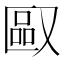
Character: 𪠯